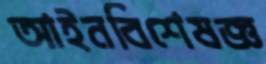
আইনবিশেষজ্ঞ